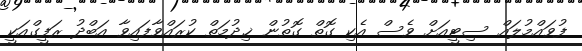
ފުވައްމުލައް ސިޓީއަށް ވެސް އެކި ގޮތް ގޮތުން ޚިދުމަތް ކުރައްވާފައިވާ އަބްދު ރަފީގްއަކީ